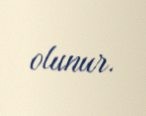
olunur.